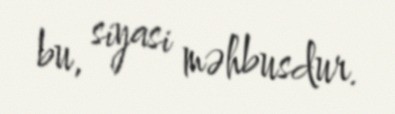
bu, siyasi məhbusdur.